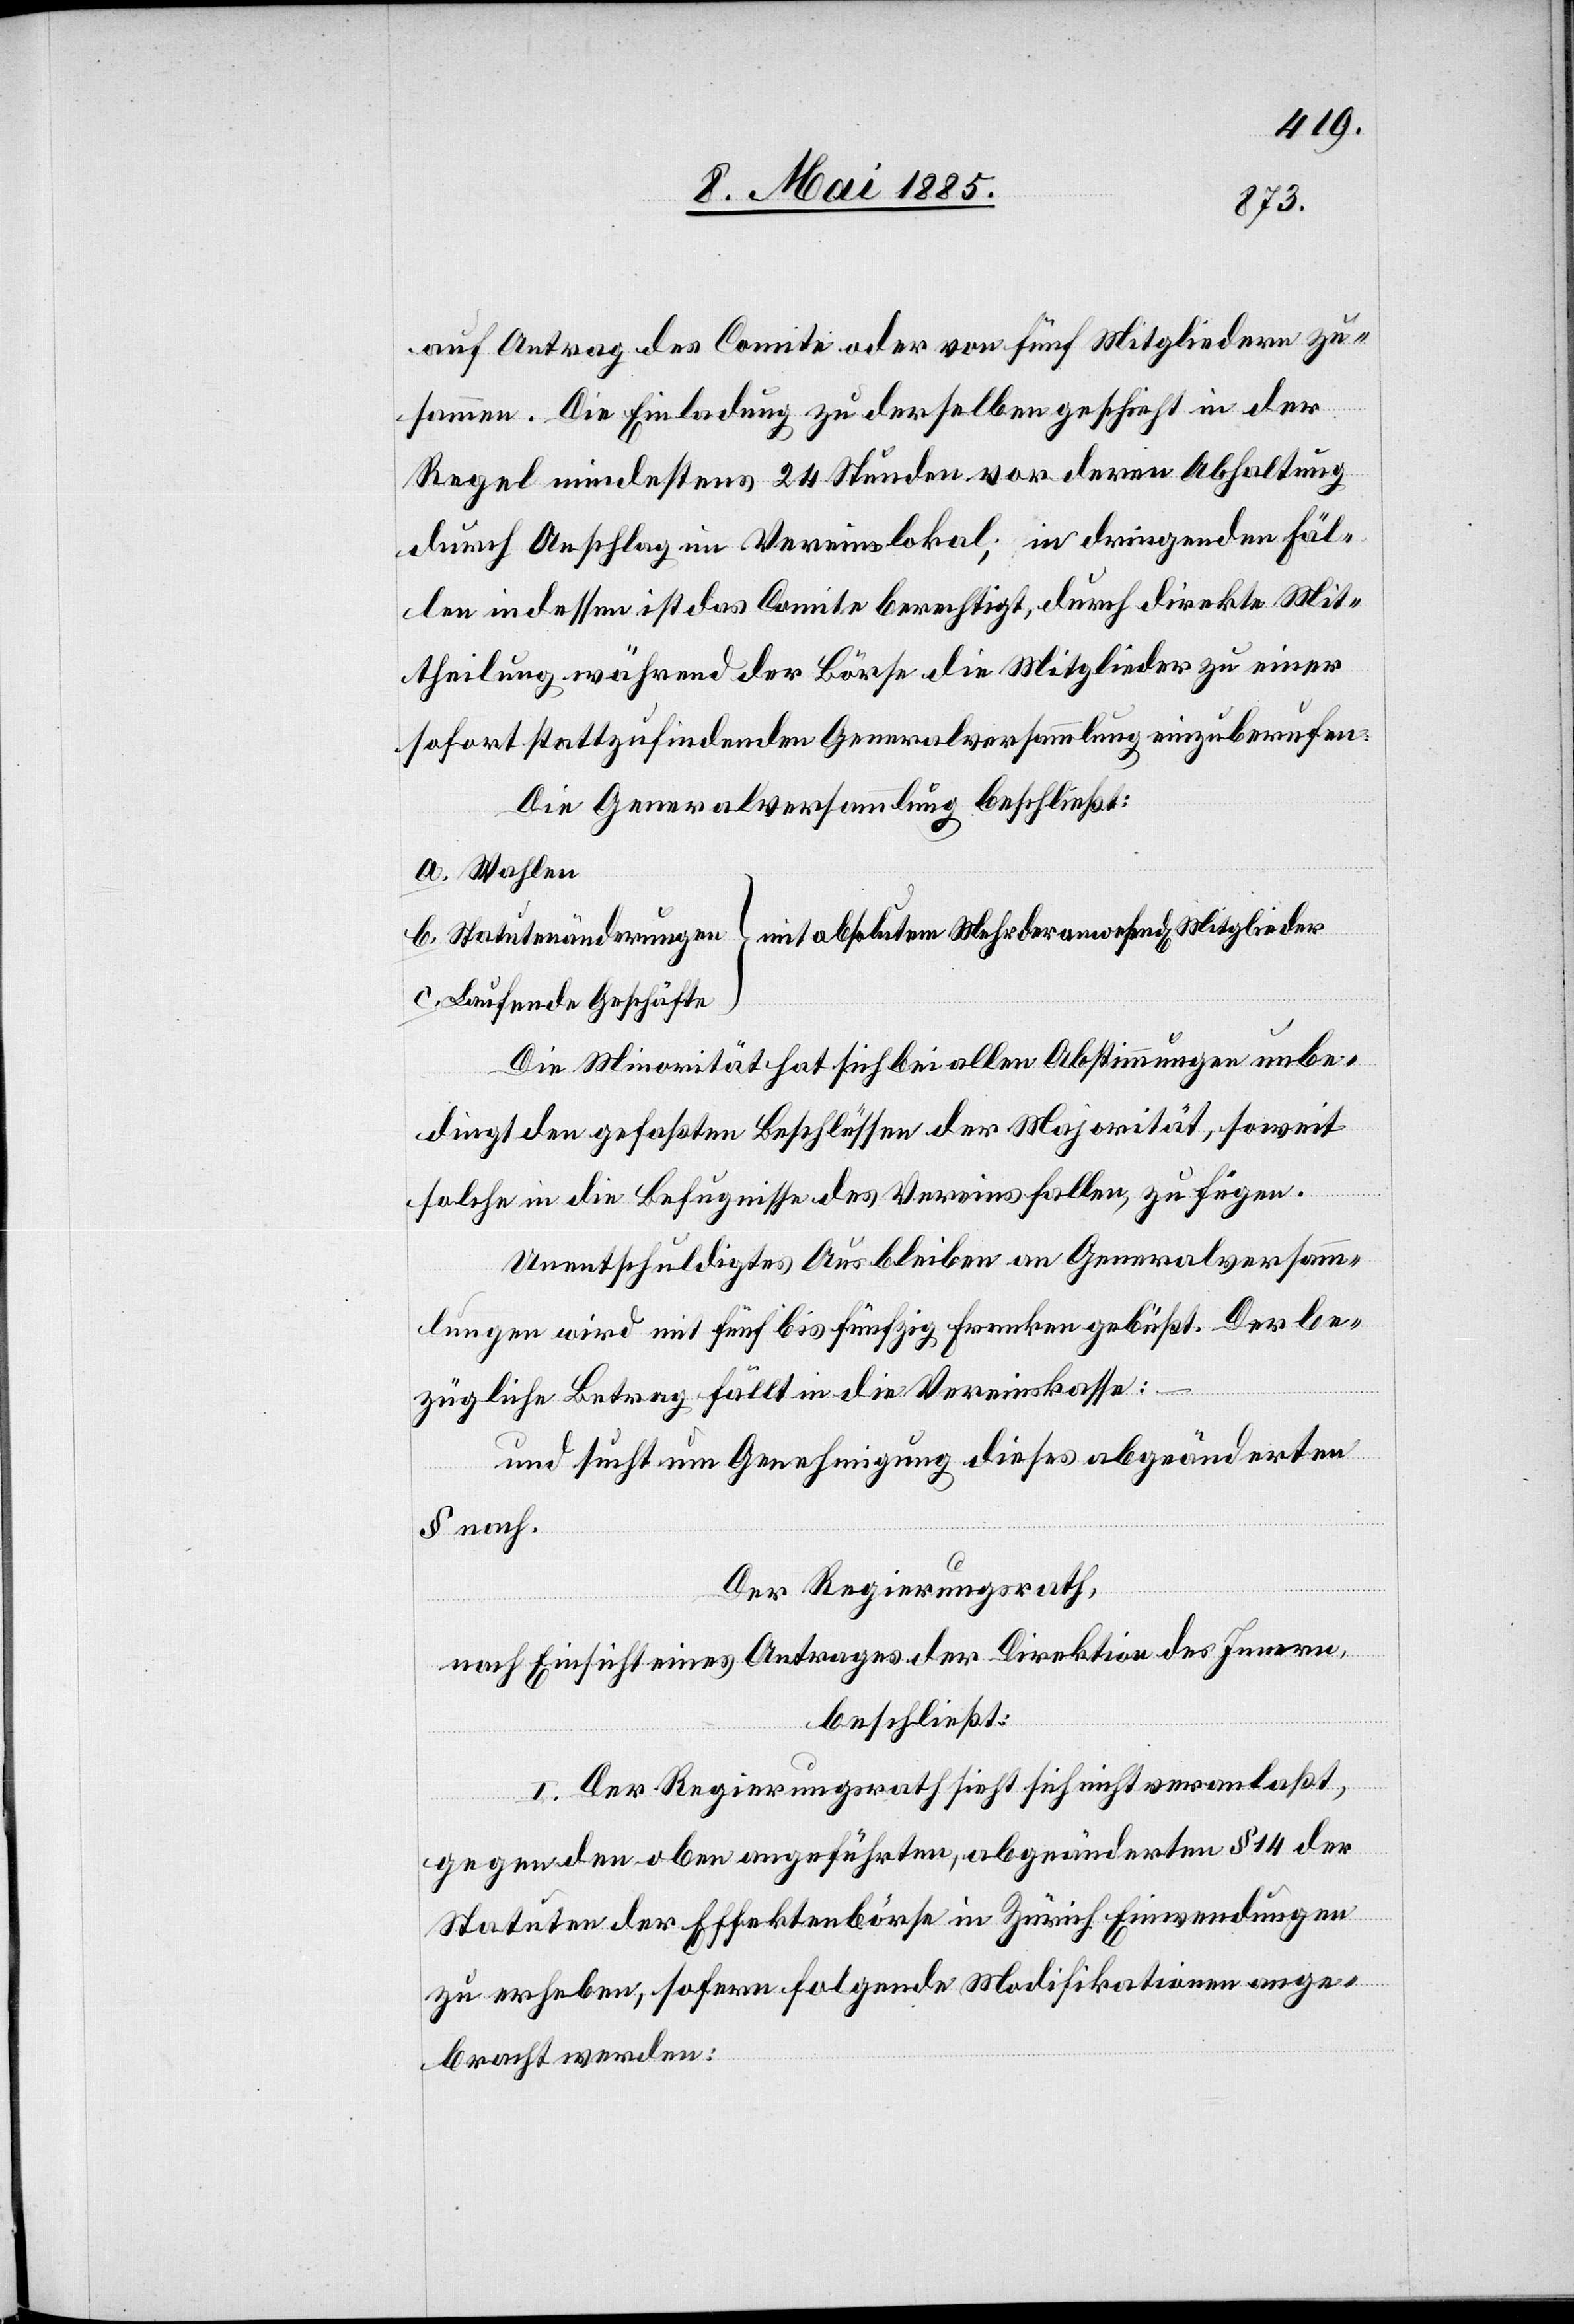
auf Antrag des Comite oder von fünf Mitgliedern zu¬
lieder
sammen. Die Einladung zu derselben geschieht in der
Regel mindestens 24 Stunden vor deren Abhaltung
durch Anschlag im Vereinslokal; in dringenden Fäl¬
len indessen ist das Comite berechtigt, durch direkte Mit¬
theilung während der Börse die Mitglieder zu einer
sofort stattzufindenden Generalsversammlung einzuberufen.
Die Generalversammlung beschließt:
Laufende Geschäfte
Die Minorität hat sich bei allen Abstimmungen unbe¬
dingt den gefaßten Beschlüssen der Majorität, soweit
solche in die Befugnisse des Vereins fallen, zu fügen.
Unentschuldigtes Ausbleiben an Generalversamm¬
lungen wird mit fünf bis fünfzig Franken gebüßt. Der be¬
enden
zügliche Betrag fällt in die Vereinskasse:
und sucht um Genehmigung dieses abgeänderten
§ nach.
Der Regierungsrath,
nach Einsicht eines Antrages der Direktion des Innern,
beschließt:
I. Der Regierungsrath sieht sich nicht veranlaßt,
c.
gegen den oben angeführten, abgeänderten § 14 der
Stauten der Effektenbörse in Zürich Einwendungen
zu erheben, sofern folgende Modifikationen ange¬
bracht werden: